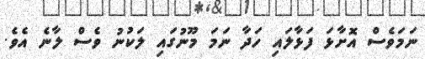
ނަމަވެސް އޮށާޅަ ފަޅާލައި ހަދާ ނަމަ މޫނުގައި ލަކުނު ވެސް ލާނެ އެވެ.